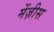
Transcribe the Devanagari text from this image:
मेंज़ीस